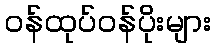
ဝန်ထုပ်ဝန်ပိုးများ